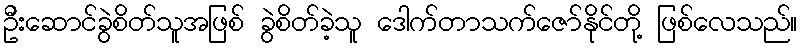
ဦးဆောင်ခွဲစိတ်သူအဖြစ် ခွဲစိတ်ခဲ့သူ ဒေါက်တာသက်ဇော်နိုင်တို့ ဖြစ်လေသည်။